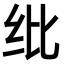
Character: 纰